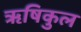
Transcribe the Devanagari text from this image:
ॠषिकुल